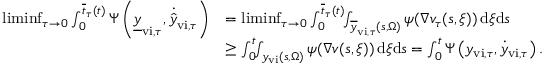
\begin{array} { r l } { \operatorname* { l i m i n f } _ { \tau \rightarrow 0 } \int _ { 0 } ^ { \overline { { t } } _ { \tau } ( t ) } \Psi \left( \underline { { y } } _ { \mathrm { v i } , \tau } , \dot { \hat { y } } _ { \mathrm { v i } , \tau } \right) } & { = \operatorname* { l i m i n f } _ { \tau \rightarrow 0 } \int _ { 0 } ^ { \overline { { t } } _ { \tau } ( t ) } \! \! \int _ { \overline { { y } } _ { \mathrm { v i } , \tau } ( s , \Omega ) } \psi ( \nabla v _ { \tau } ( s , \xi ) ) \, \mathrm { d } \xi \mathrm { d } s } \\ & { \geq \int _ { 0 } ^ { t } \! \! \int _ { { y } _ { \mathrm { v i } } ( s , \Omega ) } \psi ( \nabla v ( s , \xi ) ) \, \mathrm { d } \xi \mathrm { d } s = \int _ { 0 } ^ { t } \Psi \left( y _ { \mathrm { v i } , \tau } , \dot { y } _ { \mathrm { v i } , \tau } \right) . } \end{array}